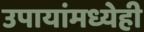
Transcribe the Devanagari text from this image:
उपायांमध्येही